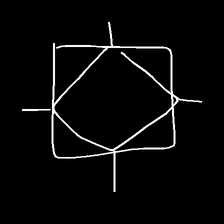
Glyph: light